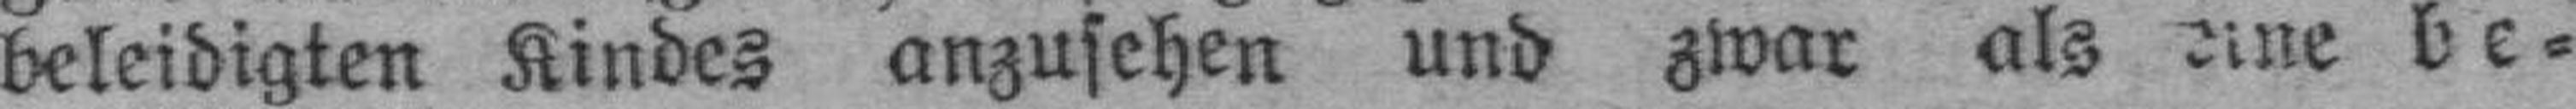
beleidigten Kindes anzusehen und zwar als eine be¬